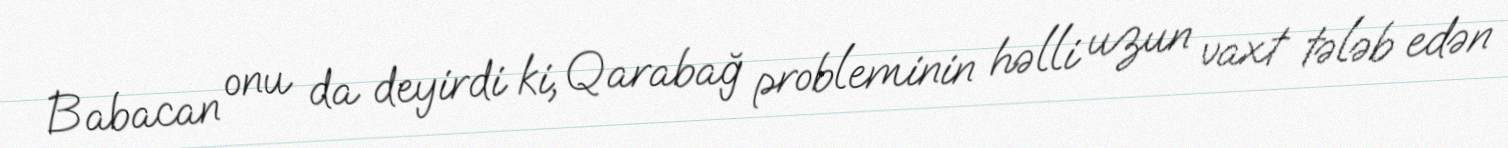
Babacan onu da deyirdi ki, Qarabağ probleminin həlli uzun vaxt tələb edən